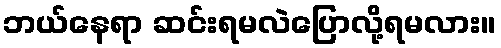
ဘယ်နေရာ ဆင်းရမလဲပြောလို့ရမလား။